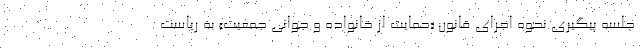
جلسه پیگیری نحوه اجرای قانون «حمایت از خانواده و جوانی جمعیت» به ریاست